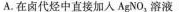
A.在卤代烃中直接加入AgNO_{3}溶液